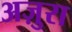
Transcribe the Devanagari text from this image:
अज़ुरा